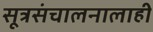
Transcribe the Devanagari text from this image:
सूत्रसंचालनालाही